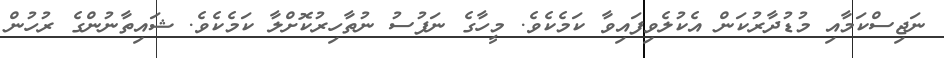
ނަޖިސްކަމާއި މުޑުދާރުކަން އެކުލެވިފައިވާ ކަމެކެވެ. މީހާގެ ނަފުސު ނުތާހިރުކޮށްލާ ކަމެކެވެ. ޝައިތާނުންގެ ރުހުން